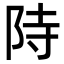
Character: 𮥂